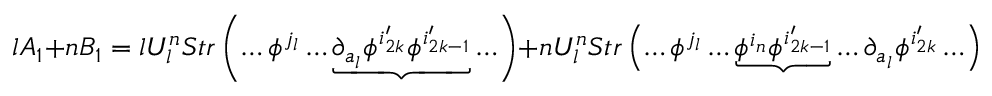
l A _ { 1 } + n B _ { 1 } = l U _ { l } ^ { n } S t r \left( \ldots \phi ^ { j _ { l } } \ldots \underbrace { \partial _ { a _ { l } } \phi ^ { i _ { 2 k } ^ { \prime } } \phi ^ { i _ { 2 k - 1 } ^ { \prime } } } \ldots \right) + n U _ { l } ^ { n } S t r \left( \ldots \phi ^ { j _ { l } } \ldots \underbrace { \phi ^ { i _ { n } } \phi ^ { i _ { 2 k - 1 } ^ { \prime } } } \ldots \partial _ { a _ { l } } \phi ^ { i _ { 2 k } ^ { \prime } } \ldots \right)